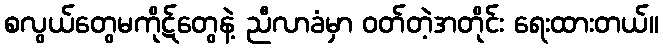
စလွယ်တွေမကိုဋ်တွေနဲ့ ညီလာခံမှာ ဝတ်တဲ့အတိုင်း ရေးထားတယ်။